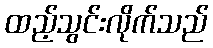
ထည့်သွင်းလိုက်သည်